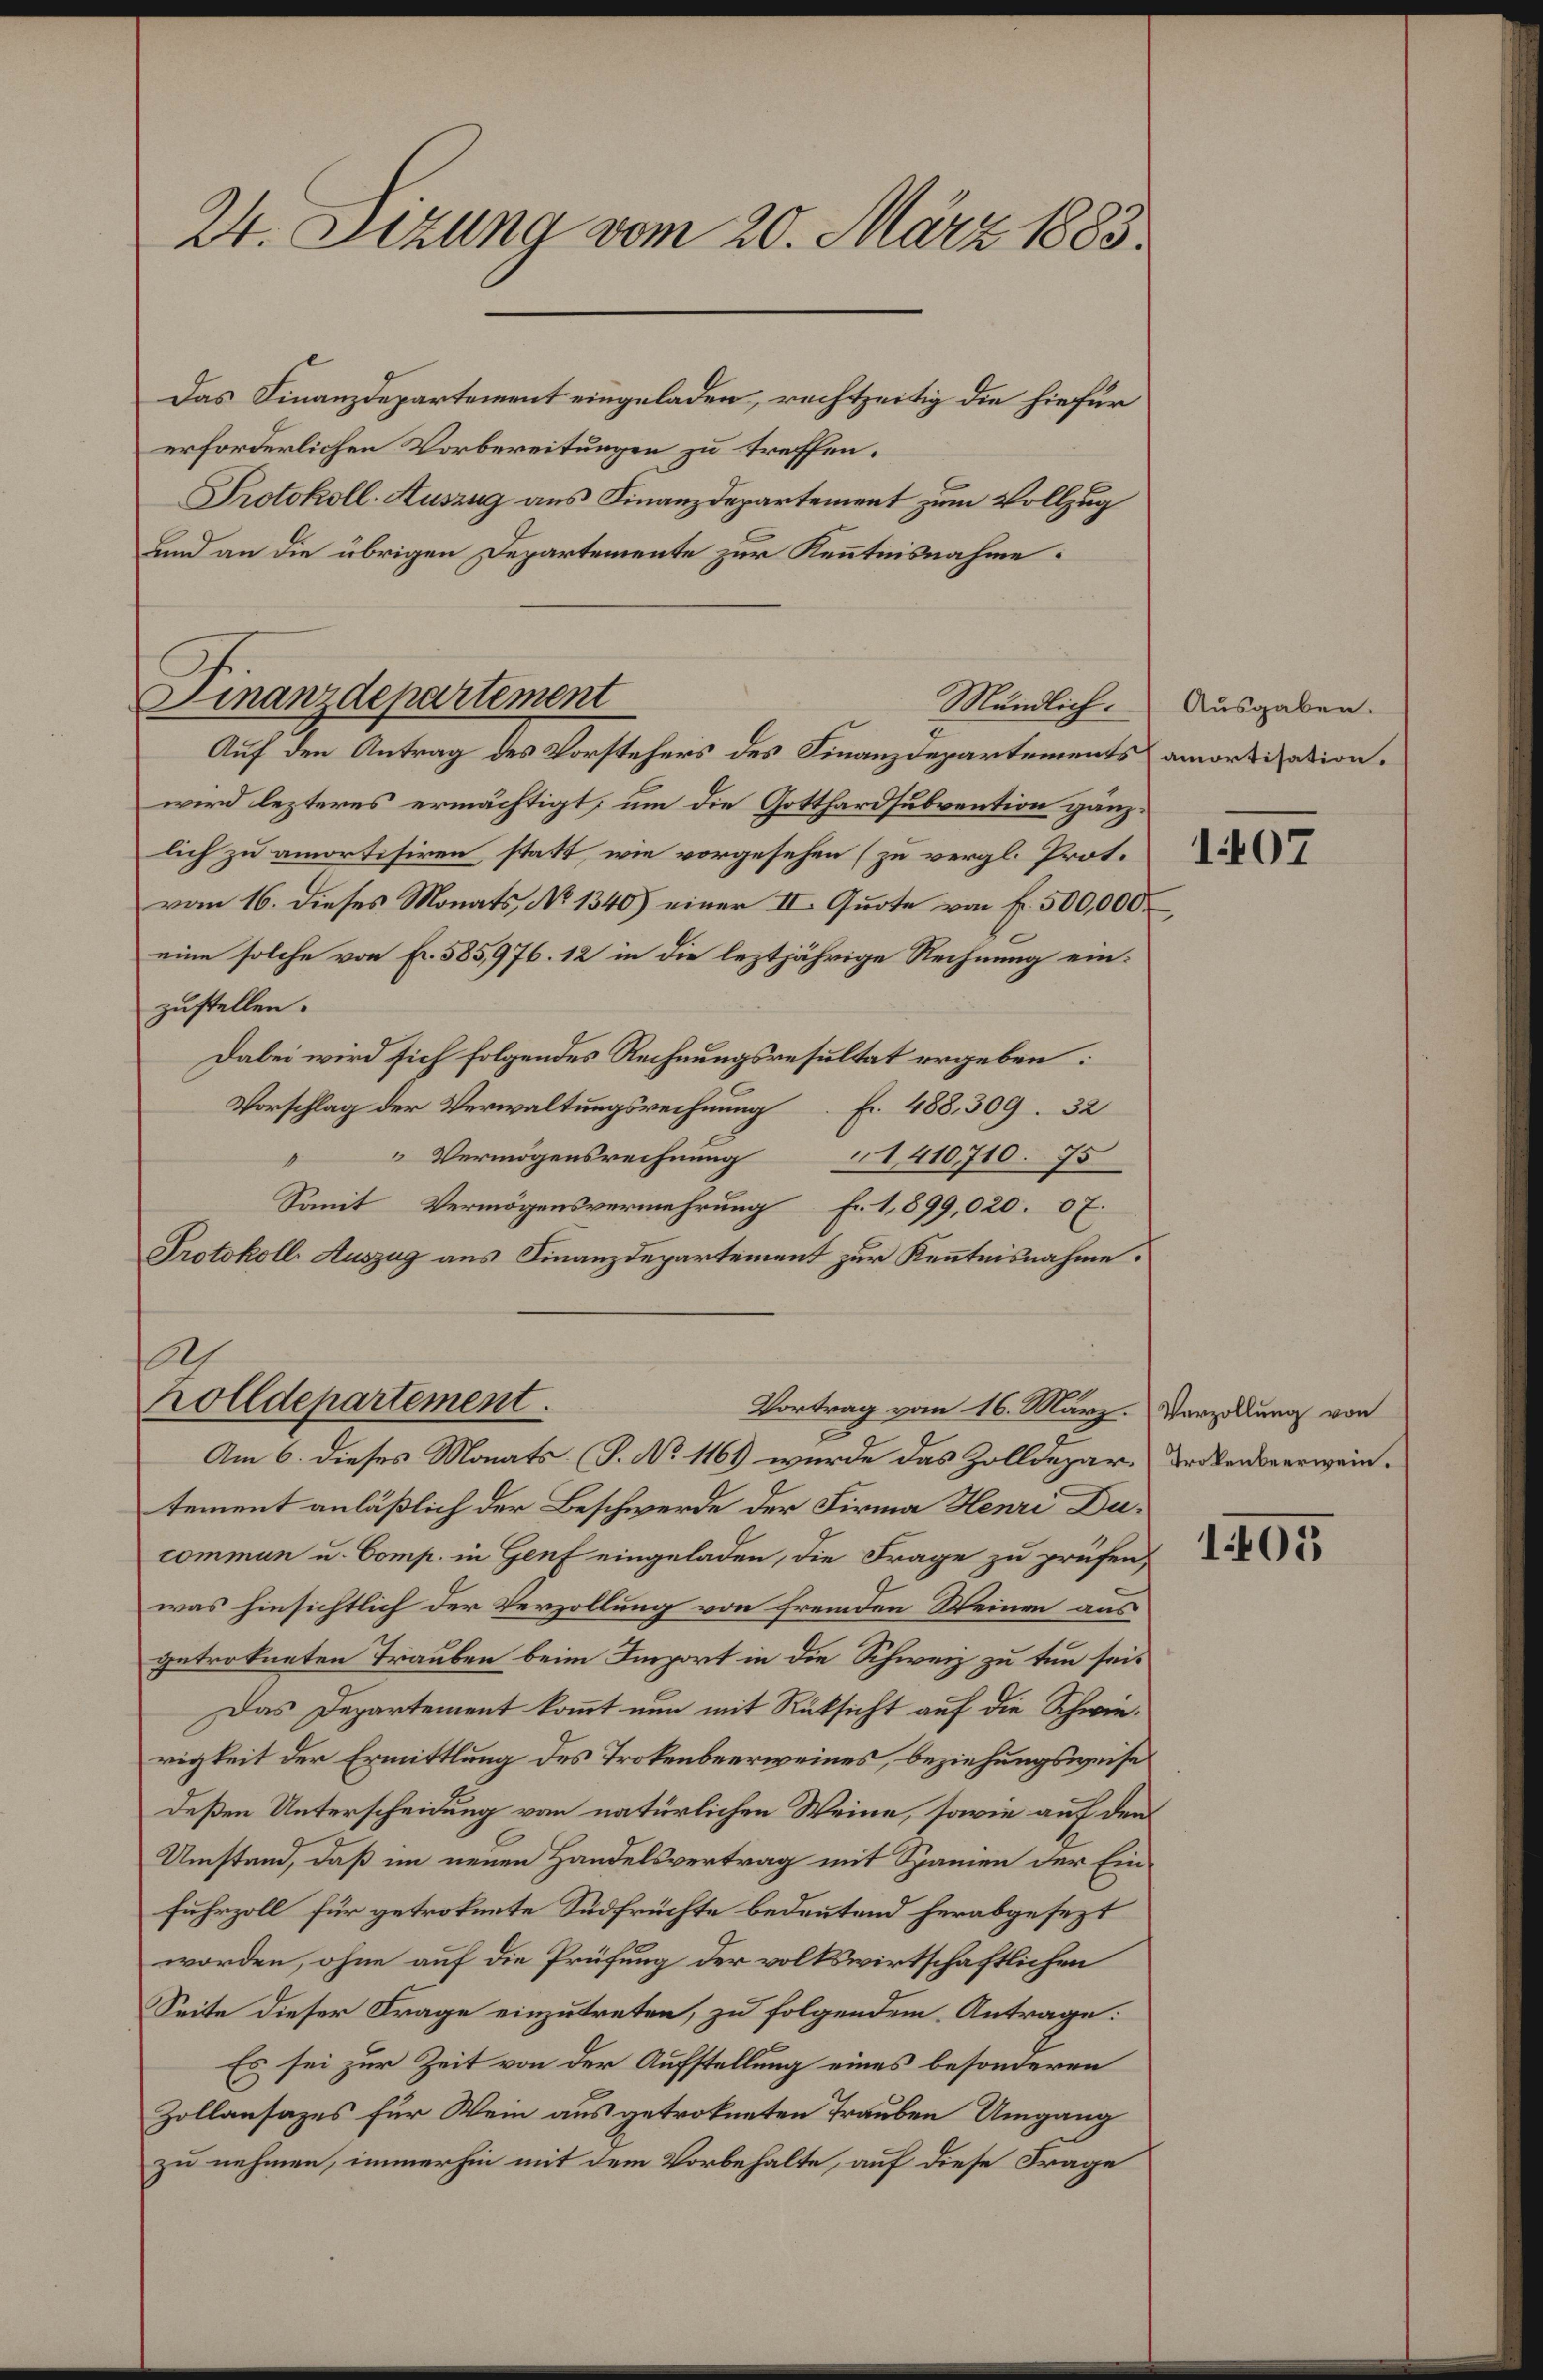
Das Finanzdepartement eingeladen, rechtzeitig die hiefür
erforderlichen Vorbereitungen zu treffen.
Protokoll-Auszug aus Finanzdepartement zum Vollzug
nd an die übrigen Departemente zur Kenntnisnahme:

24. Stzung vom 20. März 1883.

Finanzdepartement
Mändlich.
Auf den Antrag des Vorstehers des Finanzdepartements amortisation.

0
holldepartement.

wird lezteres ermächtigt, um die Gotthardsubvention gänzlich zu amortisiren, statt, wie vorgesehen (zu vergl. Prot.
vom 16. dieses Monats No 1340) einer II. Quote von fr. 500,000
eine solche von Fr. 585,976. 12 in die leztjährige Rechnung einzustellen.
Dabei wird sich folgendes Rechnungsresultat ergeben:
Vorschlag der Verwaltungsrechnung
Fr. 488. 309. 32
 Vermögensrechnung 1410710. 75
Somit Vermögensvermehrung Fr. 1,899,020. 07.
Protokoll Auszug aus Finanzdepartement zur Kenntnisnahme.
Vortrag vom 16. März. Verzollung von
Am 6. dieses Monats (T. No 1161) wurde das Zolldepar. Bodensverweintement anläßlich der Beschwerde der Firma Henri Ducommun u. Comp. in Genf eingeladen, die Frage zu prüfen,
was hinsichtlich der Verzollung von fremden Weinen aus
getrokneten Trauben beim Import in die Schweiz zu tun sei¬
Das Departement kommt nun mit Rücksicht auf die Schwierigkeit der Ermittlung des Trokenbeerweines, beziehungsweise
deßen Unterscheidung von natürlichen Weine, sowie auf den
Umstand, daß im neuen Handelsvertrag mit Spanien der Ein
fuhrzoll für getrokente Südfrüchte bedeutend herabgesezt
worden, ohne auf die Prüfung der volkswirtschaftlichen
Seite dieser Frage einzutreten, zu folgendem Antrage:
Es sei zur Zeit von der Aufstellung eines besonderen
Zollansazes für Wein aus getrokneten Trauben Umgang
zu nehmen, immerhin mit dem Vorbehalte, auf diese Frage

Ausgaben.
107

1405